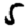
Digit: 5